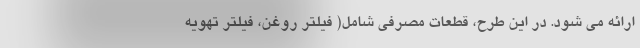
ارائه می شود. در این طرح، قطعات مصرفی شامل( فیلتر روغن، فیلتر تهویه